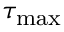
\tau _ { \mathrm { m a x } }